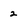
Character: 2